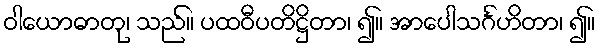
ဝါယောဓာတု၊ သည်။ ပထဝီပတိဋ္ဌိတာ၊ ၍။ အာပေါသင်္ဂဟိတာ၊ ၍။